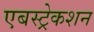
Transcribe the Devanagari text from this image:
एबस्ट्रेकशन